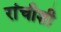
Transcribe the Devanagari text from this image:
रांचीशी